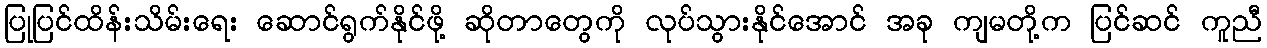
ပြုပြင်ထိန်းသိမ်းရေး ဆောင်ရွက်နိုင်ဖို့ ဆိုတာတွေကို လုပ်သွားနိုင်အောင် အခု ကျမတို့က ပြင်ဆင် ကူညီ